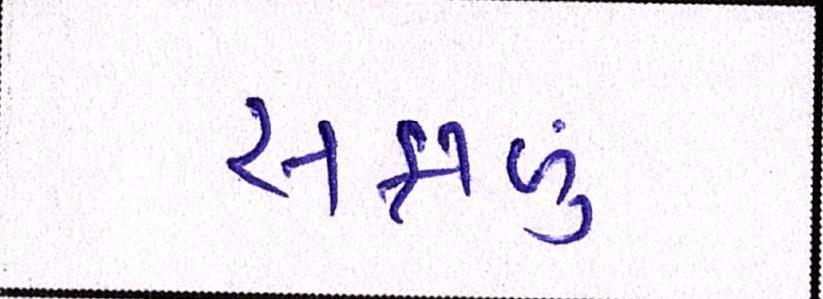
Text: સફાળું